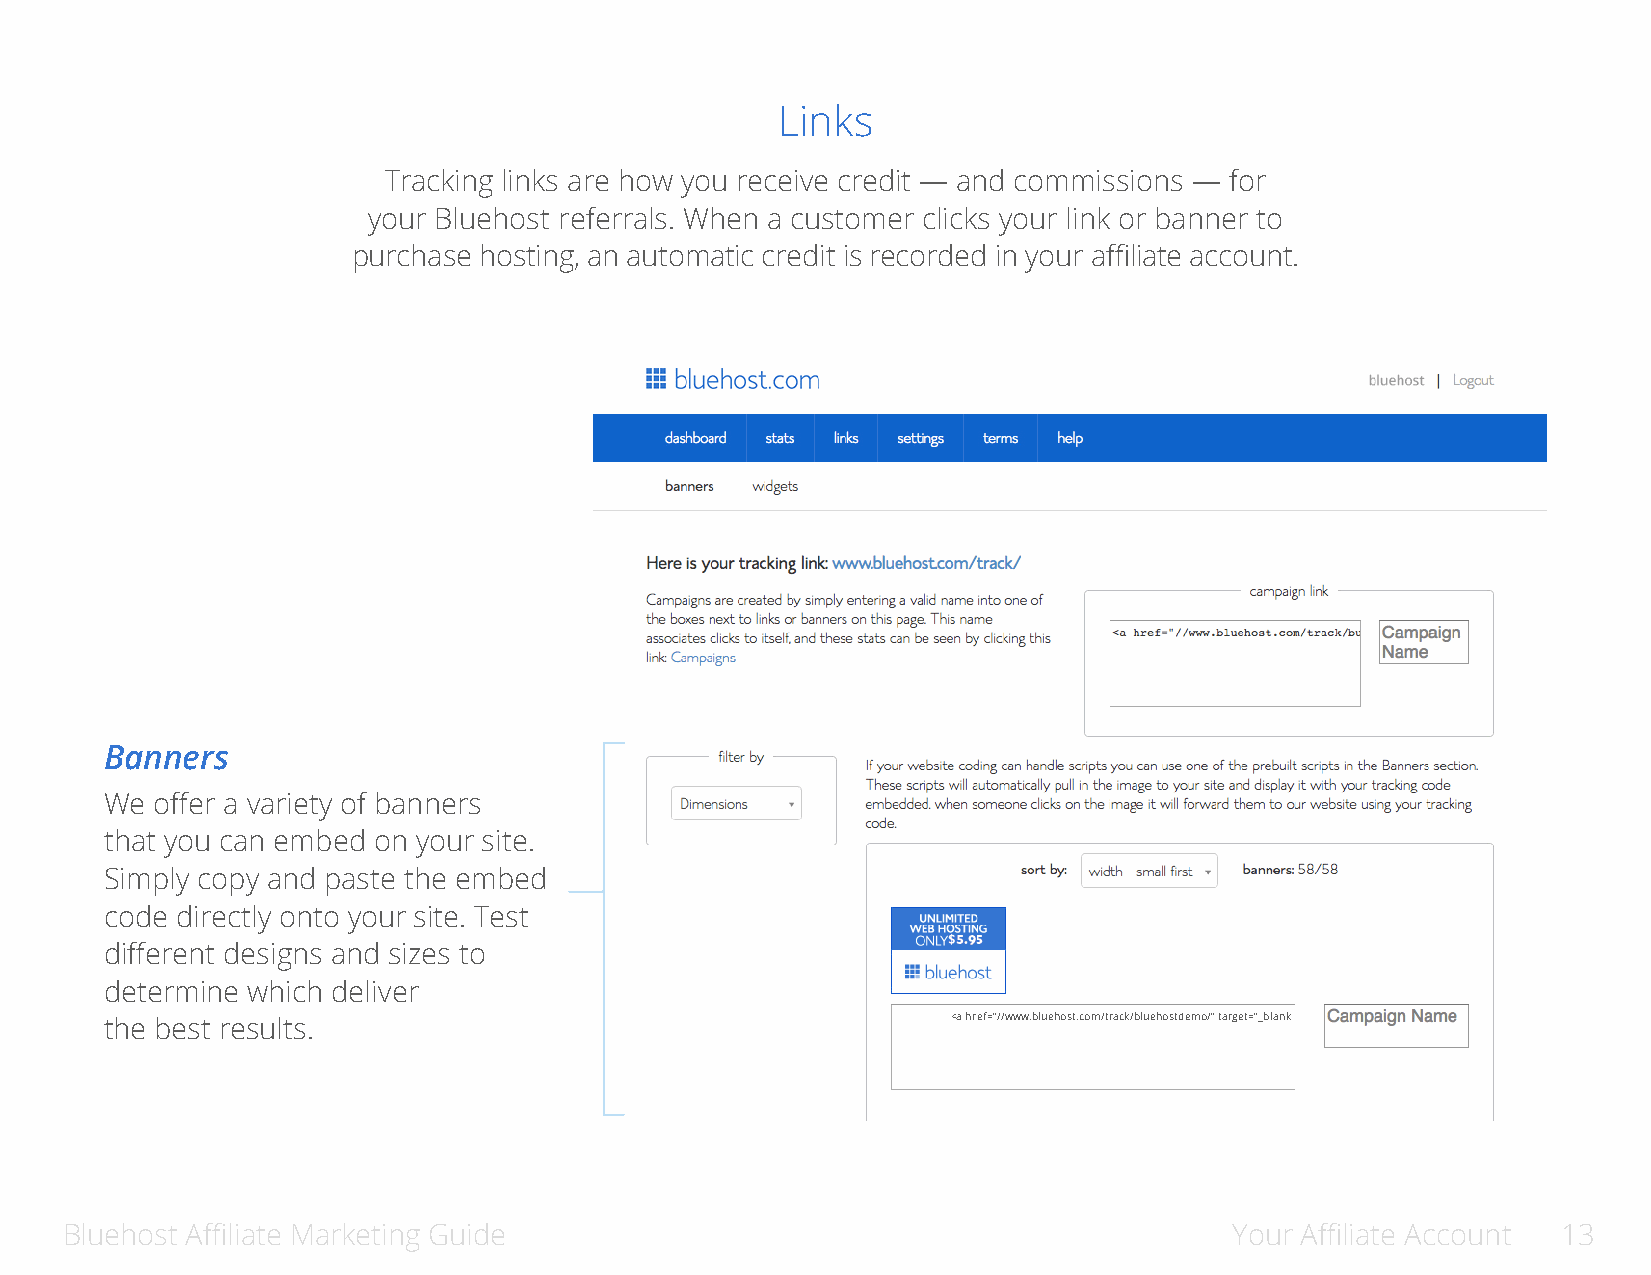
Links
 Tracking links are how you receive credit — and commissions — for
 your Bluehost referrals. When a customer clicks your link or banner to
 purchase hosting, an automatic credit is recorded in your affiliate account.
 Banners
 We offer a variety of banners
 that you can embed on your site.
 Simply copy and paste the embed
 code directly onto your site. Test
 different designs and sizes to
 determine which deliver
 the best results.                                       <a href=”//www.bluehost.com/track/bluehostdemo/” target=”_blank
 Bluehost Affiliate Marketing Guide                                            Your Affiliate Account 13